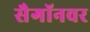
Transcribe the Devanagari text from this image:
सैगॉनवर